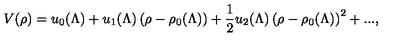
V ( \rho ) = u _ { 0 } ( \Lambda ) + u _ { 1 } ( \Lambda ) \left( \rho - \rho _ { 0 } ( \Lambda ) \right) + \frac { 1 } { 2 } u _ { 2 } ( \Lambda ) \left( \rho - \rho _ { 0 } ( \Lambda ) \right) ^ { 2 } + . . . ,